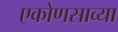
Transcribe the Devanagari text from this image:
एकोणसाव्या